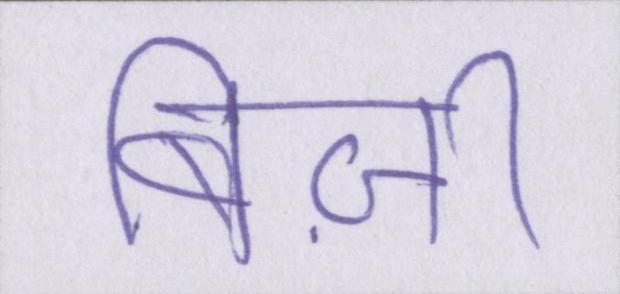
बिज़ी